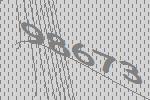
98673